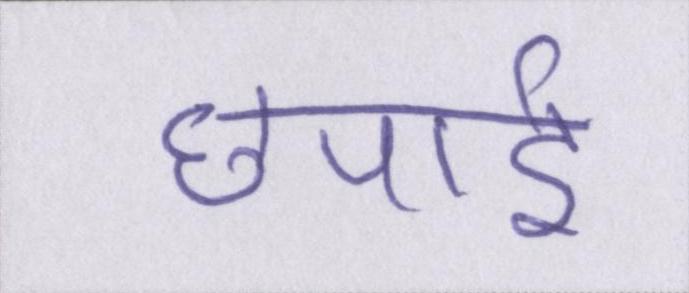
छपाई